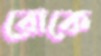
রোকে